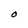
Character: O